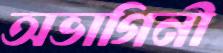
অভাগিনী